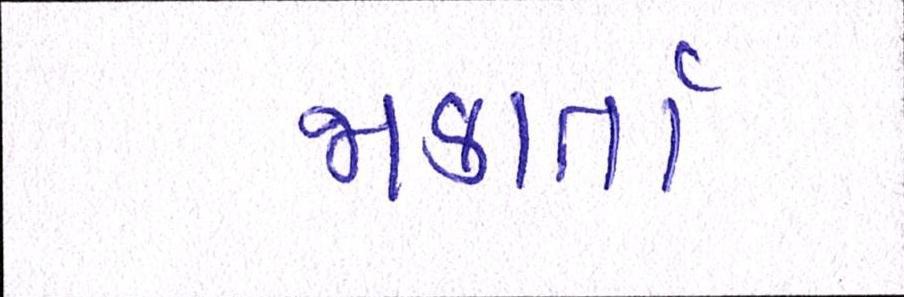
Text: જાકાર્તા